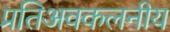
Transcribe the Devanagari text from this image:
प्रतिअवकलनीय